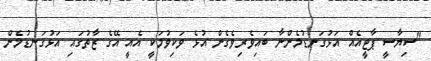
"ސިޔާސީ ޕާޓީއެއް އަޅުގަނޑުމެންނާ ބައިވެރިވެގެން އުޅެ ވަކިވުމަކީ އެއީ އޭގެ ޒާތުގައި އަޅުގަނޑުމެން